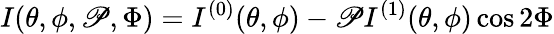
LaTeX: I(\theta,\phi,\mathscr{P},\Phi)=I^{(0)}(\theta,\phi)-\mathscr{P}I^{(1)}(\theta,\phi)\cos 2\Phi